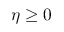
\eta \ge 0